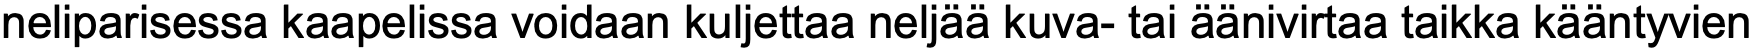
neliparisessa kaapelissa voidaan kuljettaa neljää kuva- tai äänivirtaa taikka kääntyvien